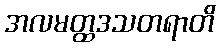
အလမတ္ထဒသတရာတိ